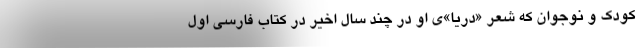
کودک و نوجوان که شعر «دریا»ی او در چند سال اخیر در کتاب فارسی اول